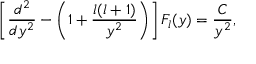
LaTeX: \left[ { \frac { d ^ { 2 } } { d y ^ { 2 } } } - \left( 1 + { \frac { l ( l + 1 ) } { y ^ { 2 } } } \right) \right] F _ { l } ( y ) = { \frac { C } { y ^ { 2 } } } ,